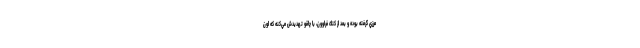
مرزي گرفته بوده و بعد از كتك فراوون، با چاقو تهديدش مي‌كنه كه اون